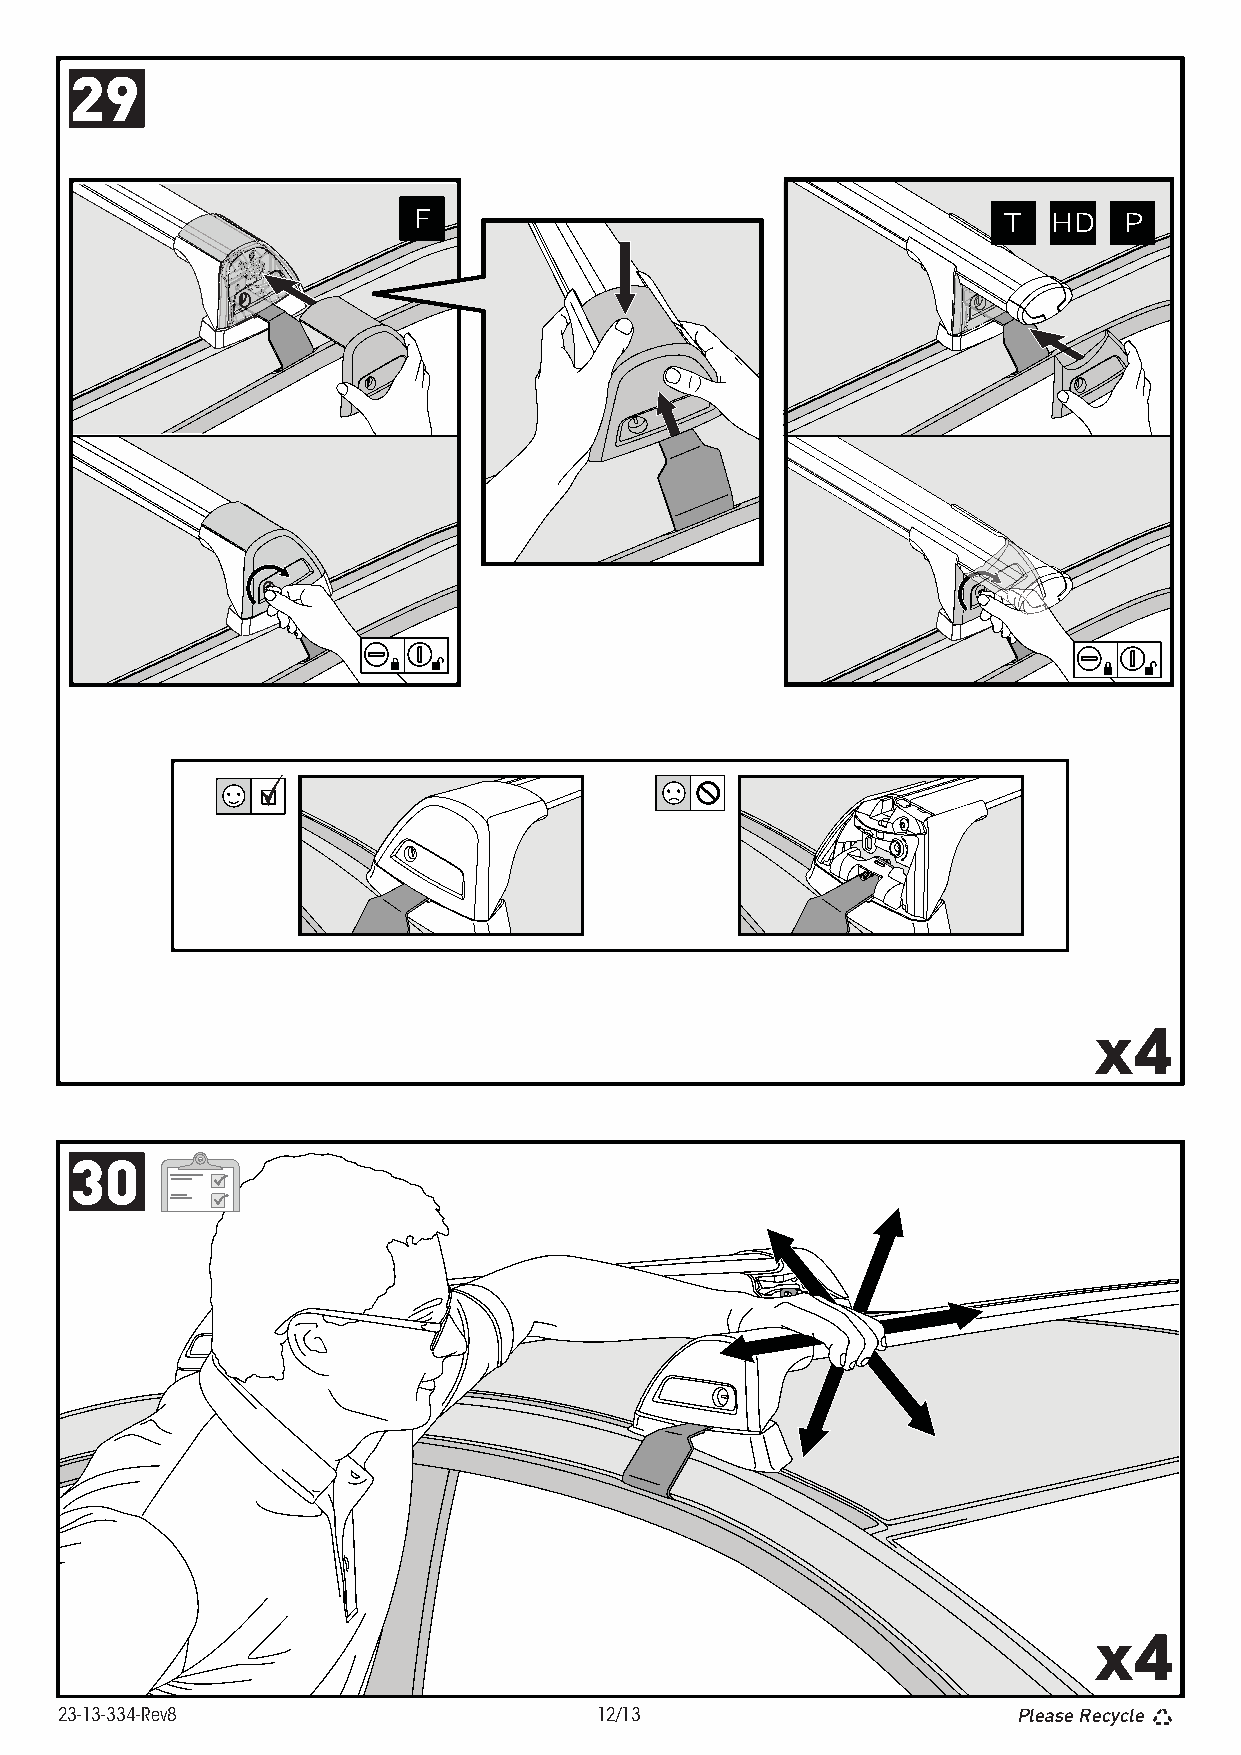
29
 F                                      T   HD  P
 x4
 30
 x4
 23-13-334-Rev8                     12/13                       Please Recycle